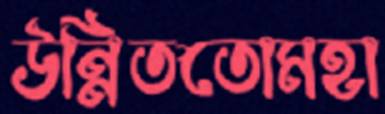
উন্নিততোমহা